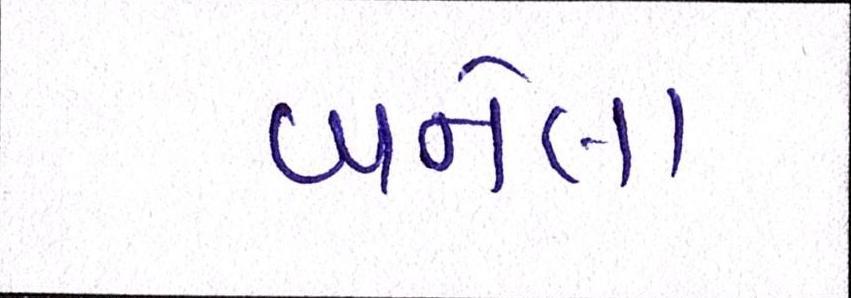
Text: બનેલાં